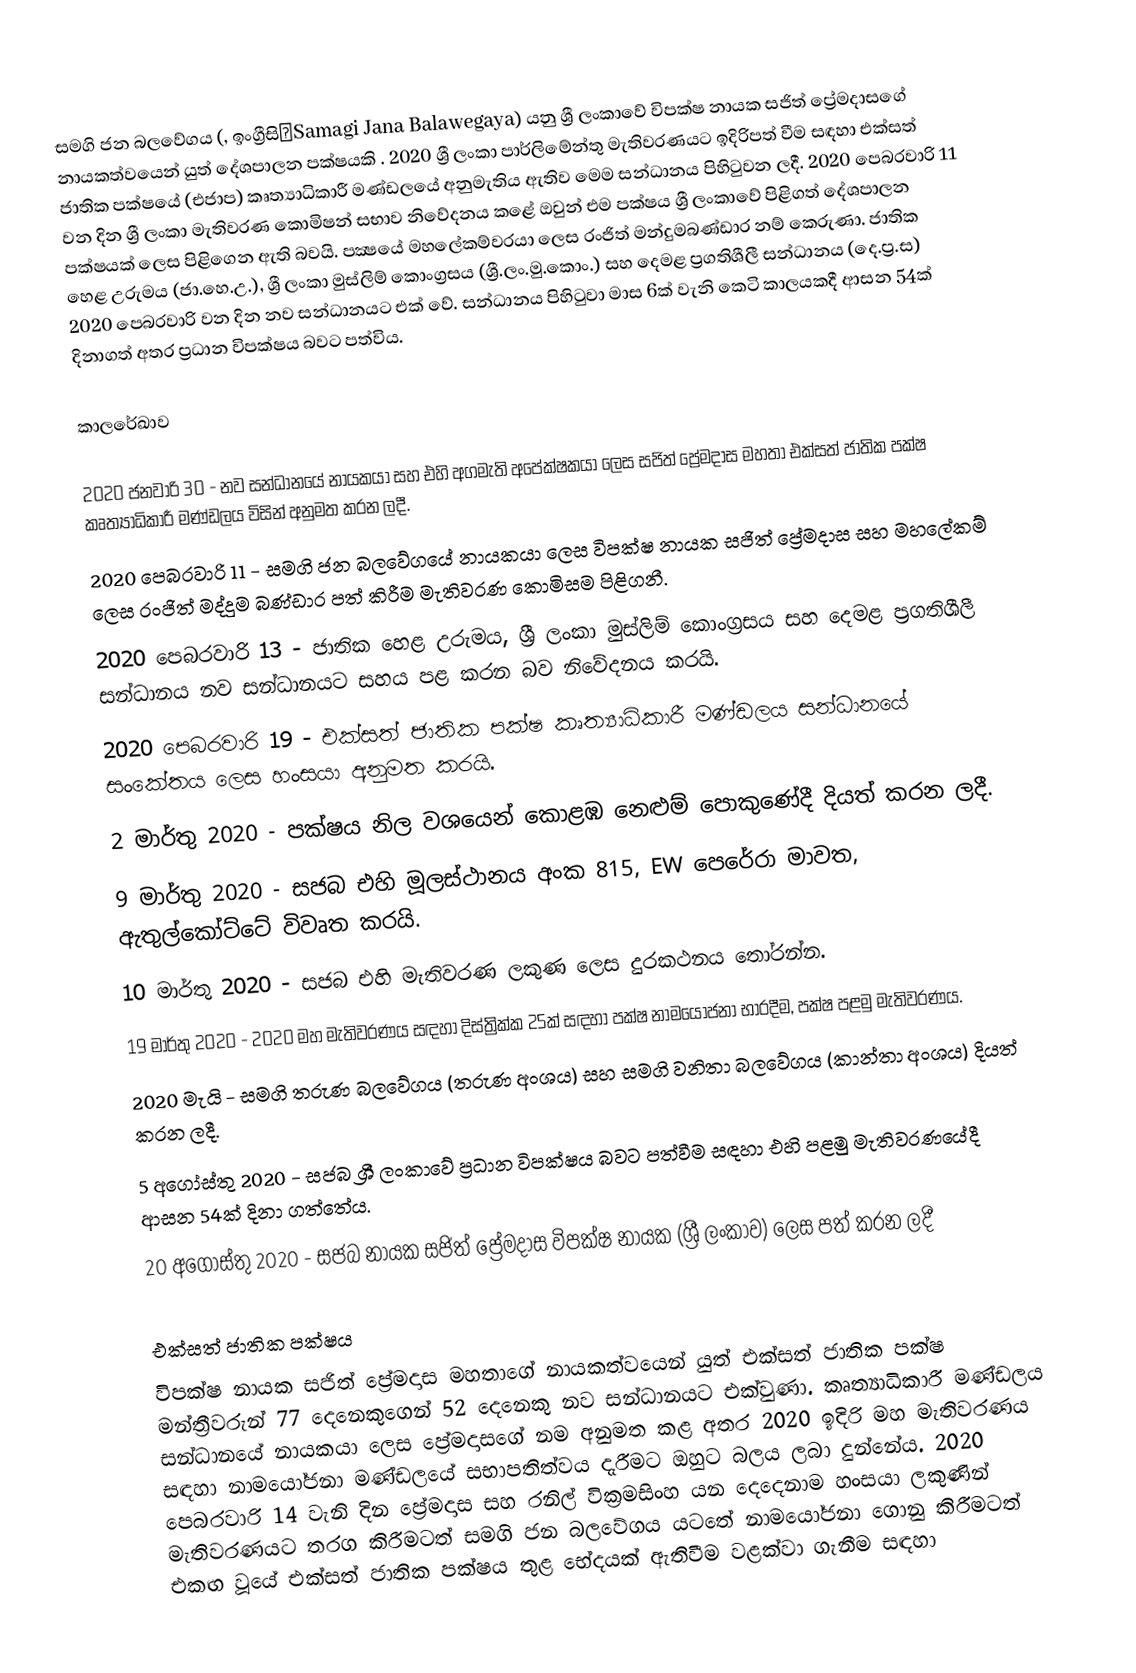
සමගි ජන බලවේගය (, ඉංග්‍රීසිːSamagi Jana Balawegaya) යනු ශ්‍රී ලංකාවේ විපක්ෂ නායක සජිත් ප්‍රේමදාසගේ නායකත්වයෙන් යුත් දේශපාලන පක්ෂයකි   .    2020 ශ්‍රී ලංකා පාර්ලිමේන්තු මැතිවරණයට ඉදිරිපත් වීම සඳහා එක්සත් ජාතික පක්ෂයේ  (එජාප) කෘත්‍යාධිකාරී මණ්ඩලයේ අනුමැතිය ඇතිව මෙම සන්ධානය පිහිටුවන ලදී. 2020 පෙබරවාරි 11 වන දින ශ්‍රී ලංකා මැතිවරණ කොමිෂන් සභාව නිවේදනය කළේ ඔවුන් එම පක්ෂය ශ්‍රී ලංකාවේ පිළිගත් දේශපාලන පක්ෂයක් ලෙස පිළිගෙන ඇති බවයි. පක්‍ෂයේ මහලේකම්වරයා ලෙස රංජිත් මන්දුමබණ්ඩාර නම් කෙරුණා.  ජාතික හෙළ උරුමය (ජා.හෙ.උ.), ශ්‍රී ලංකා මුස්ලිම් කොංග්‍රසය (ශ්‍රී.ලං.මු.කොං.) සහ දෙමළ ප්‍රගතිශීලී සන්ධානය (දෙ.ප්‍ර.ස) 2020 පෙබරවාරි  වන දින නව සන්ධානයට එක් වේ. සන්ධානය පිහිටුවා මාස 6ක් වැනි කෙටි කාලයකදී ආසන 54ක් දිනාගත් අතර ප්‍රධාන විපක්ෂය බවට පත්විය.

කාලරේඛාව

 2020 ජනවාරි 30 - නව සන්ධානයේ නායකයා සහ එහි අගමැති අපේක්ෂකයා ලෙස සජිත් ප්‍රේමදාස මහතා එක්සත් ජාතික පක්ෂ කෘත්‍යාධිකාරී මණ්ඩලය විසින් අනුමත කරන ලදී.
 2020 පෙබරවාරි 11 - සමගි ජන බලවේගයේ නායකයා ලෙස විපක්ෂ නායක සජිත් ප්‍රේමදාස සහ මහලේකම් ලෙස රංජිත් මද්දුම බණ්ඩාර පත් කිරීම මැතිවරණ කොමිසම පිළිගනී.
 2020 පෙබරවාරි 13 - ජාතික හෙළ උරුමය, ශ්‍රී ලංකා මුස්ලිම් කොංග්‍රසය සහ දෙමළ ප්‍රගතිශීලී සන්ධානය නව සන්ධානයට සහය පළ කරන බව නිවේදනය කරයි.
 2020 පෙබරවාරි 19 - එක්සත් ජාතික පක්ෂ කෘත්‍යාධිකාරී මණ්ඩලය සන්ධානයේ සංකේතය ලෙස හංසයා අනුමත කරයි.
 2 මාර්තු 2020 - පක්ෂය නිල වශයෙන් කොළඹ නෙළුම් පොකුණේදී දියත් කරන ලදී.
 9 මාර්තු 2020 - සජබ එහි මූලස්ථානය අංක 815, EW පෙරේරා මාවත, ඇතුල්කෝට්ටේ විවෘත කරයි.
 10 මාර්තු 2020 - සජබ එහි මැතිවරණ ලකුණ ලෙස දුරකථනය තෝරන්න.
 19 මාර්තු 2020 - 2020 මහ මැතිවරණය සඳහා දිස්ත්‍රික්ක 25ක් සඳහා පක්ෂ නාමයෝජනා භාරදීම, පක්ෂ පළමු මැතිවරණය.
 2020 මැයි - සමගි තරුණ බලවේගය (තරුණ අංශය) සහ සමගි වනිතා බලවේගය (කාන්තා අංශය) දියත් කරන ලදී.
 5 අගෝස්තු 2020 - සජබ ශ්‍රී ලංකාවේ ප්‍රධාන විපක්ෂය බවට පත්වීම සඳහා එහි පළමු මැතිවරණයේදී ආසන 54ක් දිනා ගත්තේය.
 20 අගෝස්තු 2020 - සජබ නායක සජිත් ප්‍රේමදාස විපක්ෂ නායක (ශ්‍රී ලංකාව) ලෙස පත් කරන ලදී

එක්සත් ජාතික පක්ෂය
විපක්ෂ නායක සජිත් ප්‍රේමදාස මහතාගේ නායකත්වයෙන් යුත් එක්සත් ජාතික පක්ෂ මන්ත්‍රීවරුන් 77 දෙනෙකුගෙන් 52 දෙනෙකු නව සන්ධානයට එක්වුණා. කෘත්‍යාධිකාරී මණ්ඩලය සන්ධානයේ නායකයා ලෙස ප්‍රේමදාසගේ නම අනුමත කළ අතර 2020 ඉදිරි මහ මැතිවරණය සඳහා නාමයෝජනා මණ්ඩලයේ සභාපතිත්වය දැරීමට ඔහුට බලය ලබා දුන්නේය.  2020 පෙබරවාරි 14 වැනි දින ප්‍රේමදාස සහ රනිල් වික්‍රමසිංහ යන දෙදෙනාම හංසයා ලකුණින් මැතිවරණයට තරග කිරීමටත් සමගි ජන බලවේගය යටතේ නාමයෝජනා ගොනු කිරීමටත් එකඟ වූයේ එක්සත් ජාතික පක්ෂය තුළ භේදයක් ඇතිවීම වළක්වා ගැනීම සඳහා